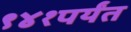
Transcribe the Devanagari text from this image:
९४१पर्यंत